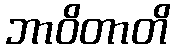
ဘာဝိတာတိ